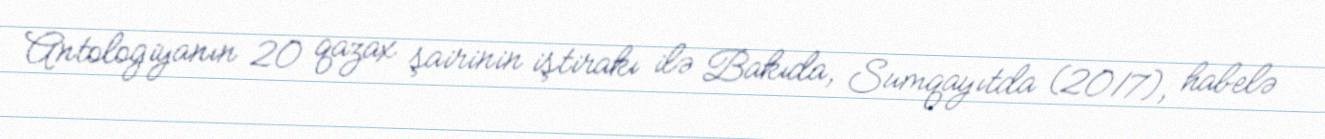
Antologiyanın 20 qazax şairinin iştirakı ilə Bakıda, Sumqayıtda (2017), habelə